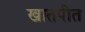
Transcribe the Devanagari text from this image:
खातपीत